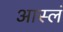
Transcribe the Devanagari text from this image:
आस्लं